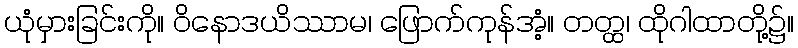
ယုံမှားခြင်းကို။ ဝိနောဒယိဿာမ၊ ဖြောက်ကုန်အံ့။ တတ္ထ၊ ထိုဂါထာတို့၌။